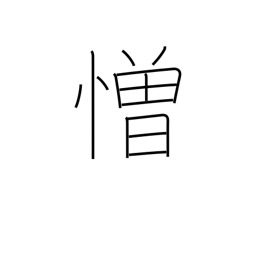
Meaning: hate